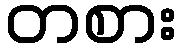
တစား